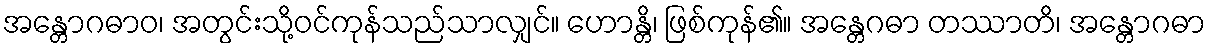
အန္တောဂဓာဝ၊ အတွင်းသို့ဝင်ကုန်သည်သာလျှင်။ ဟောန္တိ၊ ဖြစ်ကုန်၏။ အန္တေဂဓာ တဿာတိ၊ အန္တောဂဓာ